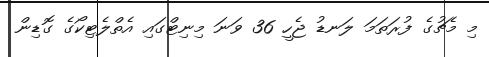
މި މެޗުގެ ފުރަތަމަ ލަނޑު ޖެހީ 36 ވަނަ މިނިޓްގައި އެތްލެޓިކޯގެ ގޮޑިން